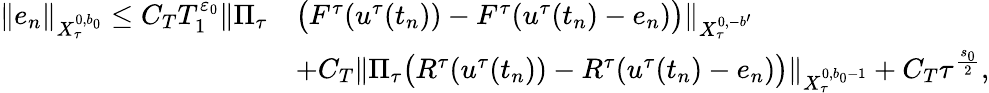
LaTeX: \begin{array}{rl}{\Vert e_{n}\Vert_{X_{\tau}^{0,b_{0}}}\leq C_{T}T_{1}^{\varepsilon_{0}}\Vert\Pi_{\tau}}&{\bigl(F^{\tau}(u^{\tau}(t_{n}))-F^{\tau}(u^{\tau}(t_{n})-e_{n})\bigr)\Vert_{X_{\tau}^{0,-b^{\prime}}}}\\ &{+C_{T}\Vert\Pi_{\tau}\bigl(R^{\tau}(u^{\tau}(t_{n}))-R^{\tau}(u^{\tau}(t_{n})-e_{n})\bigr)\Vert_{X_{\tau}^{0,b_{0}-1}}+C_{T}\tau^{\frac{s_{0}}{2}},}\end{array}